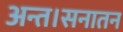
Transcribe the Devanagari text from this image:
अन्त।सनातन